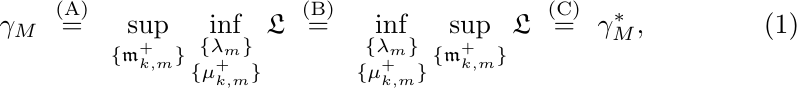
\begin{equation}
\label{equality-duality}
\gamma_M
~\stackrel{\mathrm{(A)}}{=}~
\sup_{\{\mathfrak{m}^+_{k,m}\}} \inf_{\substack{\{\lambda_m\} \\ \{ \mu^+_{k,m} \} }} \mathfrak{L}
~\stackrel{\mathrm{(B)}}{=}~
\inf_{\substack{\{\lambda_m\} \\ \{ \mu^+_{k,m} \} }} \sup_{ \{\mathfrak{m}^+_{k,m}\} } \mathfrak{L}
~\stackrel{\mathrm{(C)}}{=}~
\gamma^\ast_M,
\end{equation}